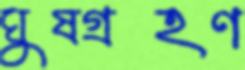
ঘুষগ্রহণ